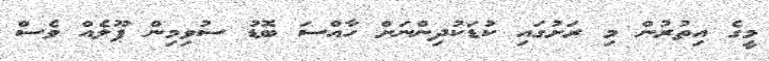
މީގެ އިތުރުން މި ރަށުގައި ކުޑަކުދިންނަށް ހާއްސަ ބޮޑު ސުވިމިން ޕޫލެއް ވެސް